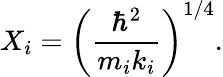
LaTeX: X_{i}=\left(\frac{\hbar^{2}}{m_{i}k_{i}}\right)^{1/4}.